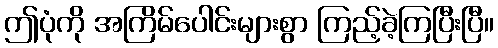
ဤပုံကို အကြိမ်ပေါင်းများစွာ ကြည့်ခဲ့ကြပြီးပြီ။